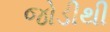
જોડીથી